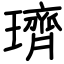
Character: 璾